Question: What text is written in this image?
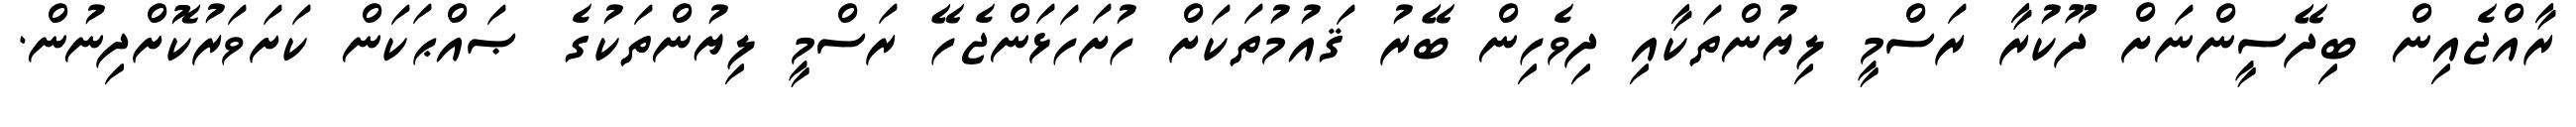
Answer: ރާއްޖެއިން ބިދޭސީންނަށް ދޫކުރާ ރަސްމީ ލިޔުންތަކާއި ދިވެހިން ބޭރު ޤައުމުތަކަށް ހުށަހަޅަންޖެހޭ ރަސްމީ ލިޔުންތަކުގެ ޞައްޙަކަން ކަށަވަރުކޮށްދިނުން.